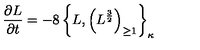
{ \frac { \partial L } { \partial t } } = - 8 \left\{ L , \left( L ^ { \frac { 3 } { 2 } } \right) _ { \geq 1 } \right\} _ { \kappa }